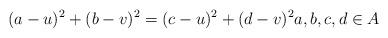
LaTeX: \begin{align*} (a-u)^2+(b-v)^2 =(c-u)^2+(d-v)^2a,b,c,d\in A\end{align*}